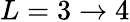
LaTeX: L=3\rightarrow 4